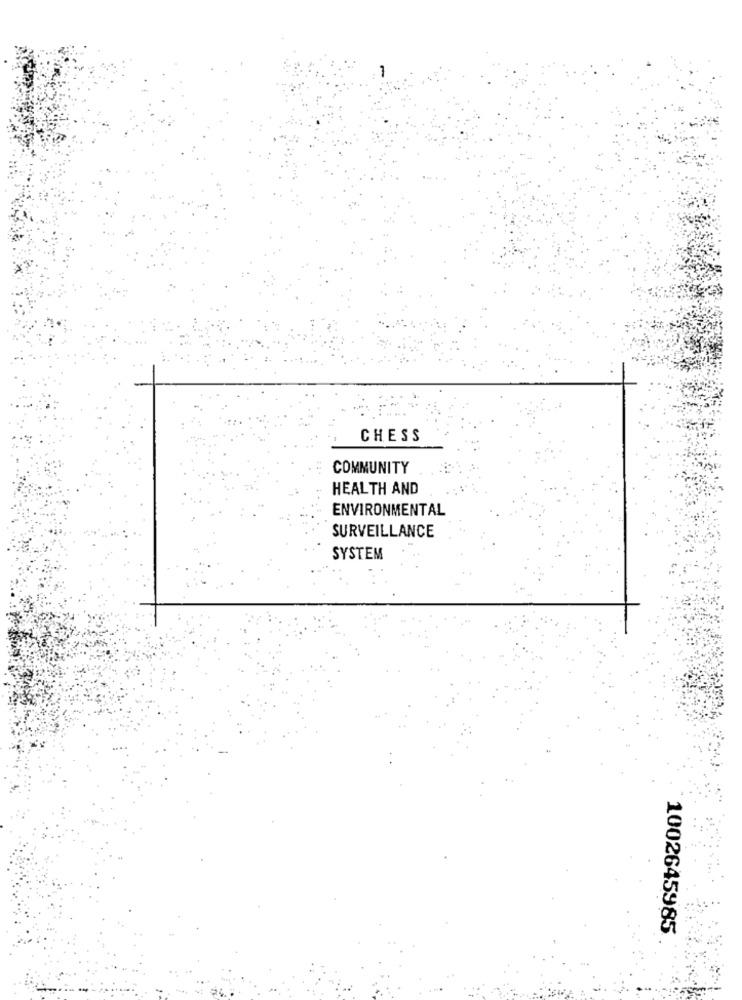
CHESS
COMMUNITY
HEALTH AND
ENVIRONMENTAL
SURVEILLANCE
SYSTEM
1002645985